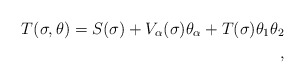
\begin{align*}T(\sigma, \theta) = S(\sigma) + V_\alpha (\sigma) \theta_\alpha + T(\sigma) \theta_1 \theta_2\\,\end{align*}